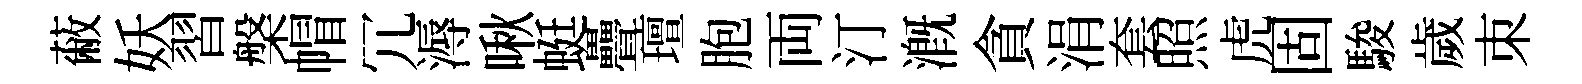
蔽妖習槃帽冗溽啾蜓疊璮胞両汀溉貪涓套照虎固駿歲朿